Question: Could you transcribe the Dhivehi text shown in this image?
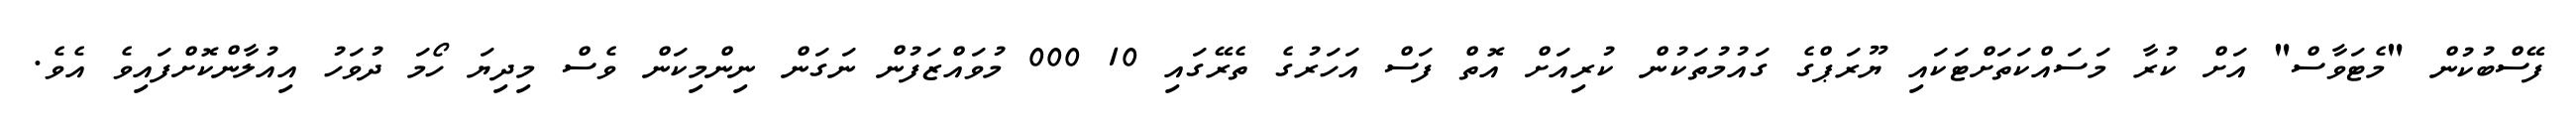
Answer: ފޭސްބުކުން "މެޓަވާސް" އަށް ކުރާ މަސައްކަތަށްޓަކައި ޔޫރަޕްގެ ގައުމުތަކުން ކުރިއަށް އޮތް ފަސް އަހަރުގެ ތެރޭގައި 10 000 މުވައްޒަފުން ނަގަން ނިންމިކަން ވެސް މިދިޔަ ހޯމަ ދުވަހު އިއުލާންކޮށްފައިވެ އެވެ.